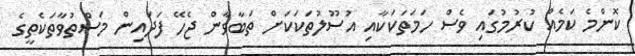
ކޮންމެ ކަމެއް ކުރުމުގައި ވެސް ހަމަތަކަކާއި އުސޫލުތަކަކަށް ތަބާވާން ޖެހޭ ފަދައިން މަސްތުވާތަކެތީގެ